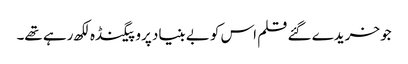
جو خریدے گئے قلم اس کو بے بنیاد پروپیگنڈہ لکھ رہے تھے۔